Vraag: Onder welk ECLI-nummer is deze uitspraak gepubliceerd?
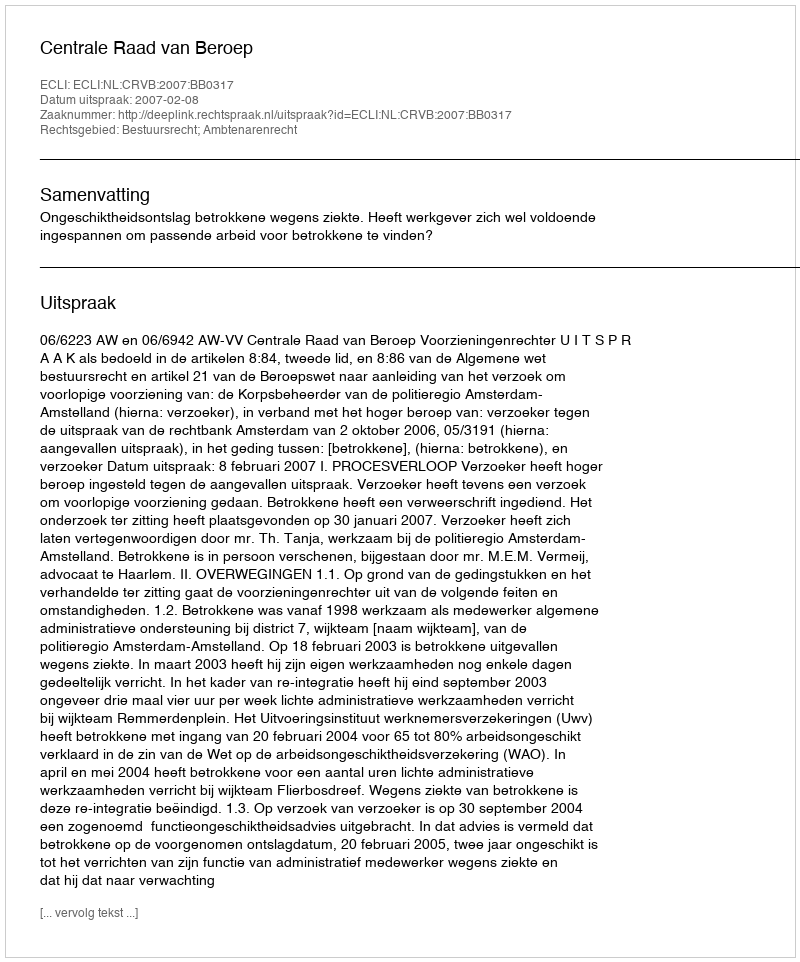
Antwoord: ECLI:NL:CRVB:2007:BB0317